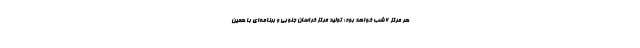
هر مرکز 6 شب خواهد بود؛ تولید مرکز خراسان جنوبی و برنامه‌ای با همین